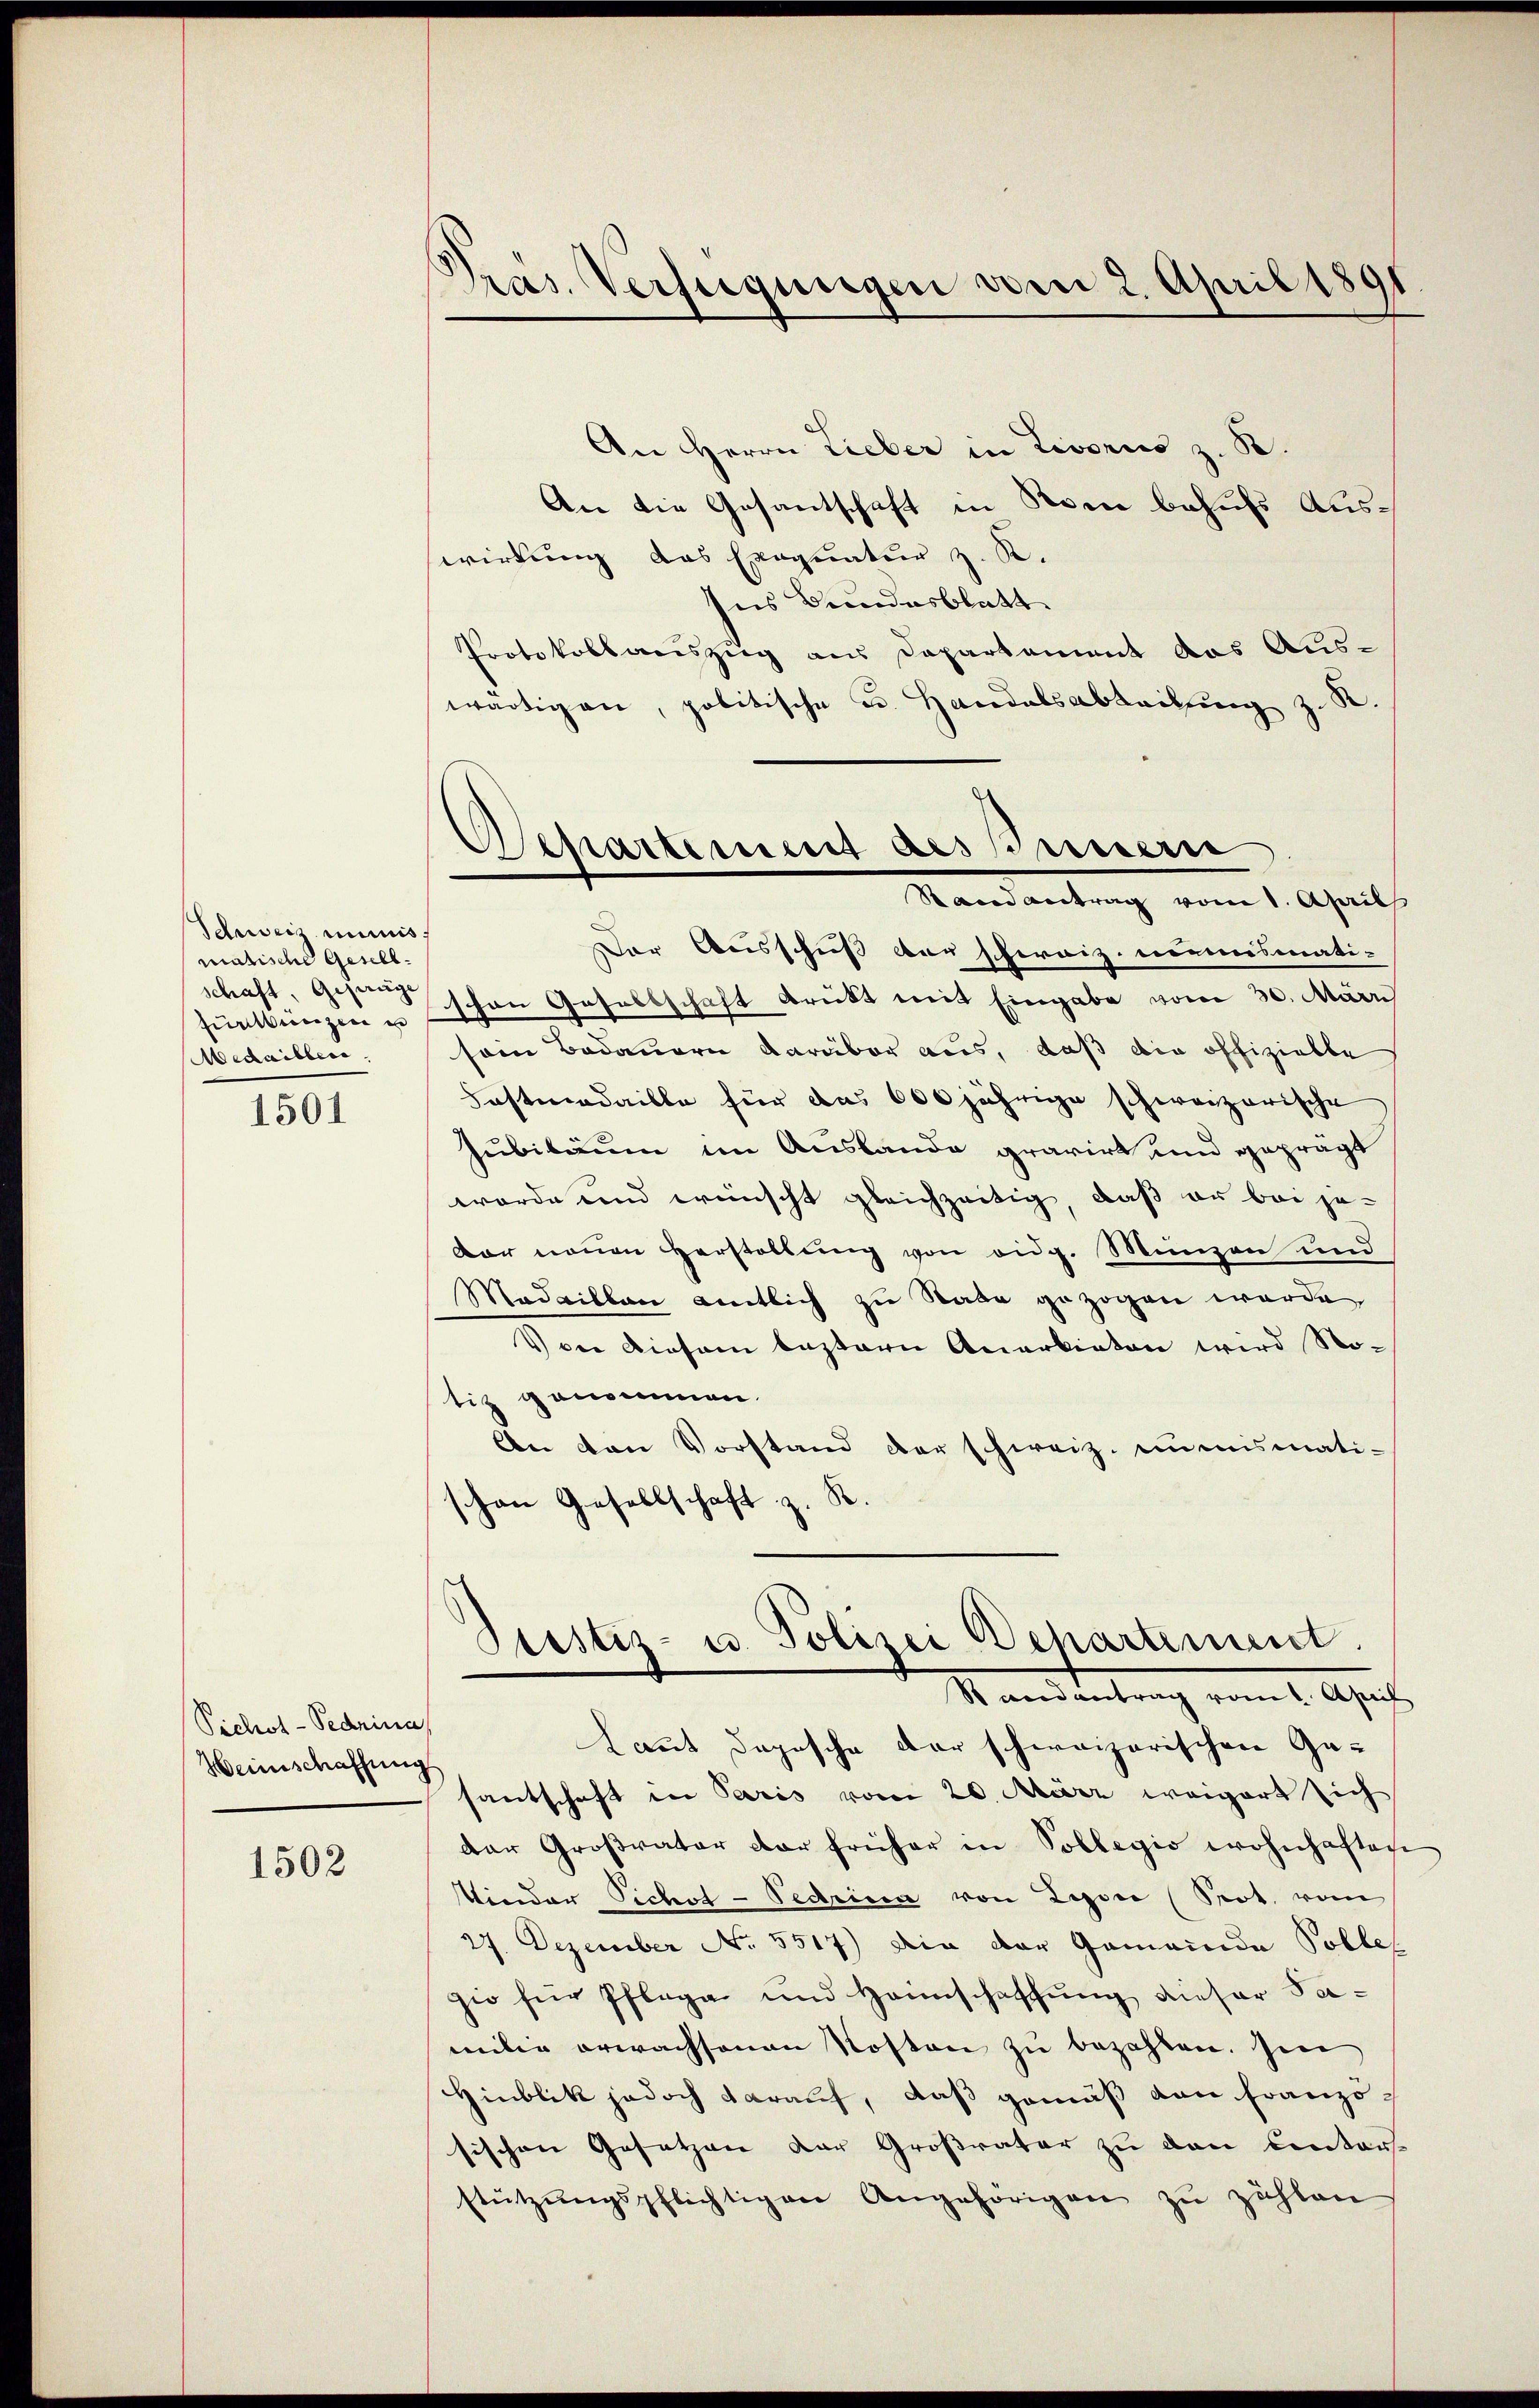
Schweiz minist
matische Gesellschaft, Gesange
Medailler.

1501

An Herrn Lieber in Livorno z. B.
An die Gesantschaft in Nein behufs Auswirkung das Exequatur z. R.
Ins Bundesblatt
Protokollauszug aus Departament das Aus-
wärtigen, politische u. Handelsabteilung z.
Der Ausschuß der schweiz. meinismati-
fünkungen u. schen Gesellschaft drückt mit Eingabe vom 30. Mär
sein Bedauern darüber aus, daß die offizielle
Fostmedaille für das 600 jährige schweizerische
Jubiläum im Auslande gravirt und geprägt
worde und wünscht gleichzeitig, daß er bei jeder neuen Herstellung von eidg. Münzen und
Madrillen amtlich zu Rade gezogen wurde,
Voer diesem bestern Anerbieten wird Notiz genommen.
An den Vorstand der schweiz. inmismati-
schon Gesellschaft z. B.

Piclot-Pedrina,
Heinschaffung

1502

Präs. Verfügungen vom 2. April 1891

Scharterung des Innern
Randantrag vom 1. April

Justiz- u. Polizei Departement.
Randantrag vom 1. April
Laut Depesche der schweizerischen Ge¬

santschaft in Paris vom 20. März weigert sich
der Großvater der früher in Sollegio wohnhaftige
Kinder Sichst-Pedrica von Lyon (Prot. vom
27. Dezember No. 5517) Die der Gemeinde Volle,
zio für Pflege und Heimschaffung dieser Samilie erwachsenen Kosten zu bezahlen. Im
Hinblik jedoch darauf, daß gemäß von Französischen Gesetzen der Großvater zu den Centarsstützŭngspflichtigen Angehörigen zŭ zählen